Report on vaccination in the Province of Bengal - 1874-1889
Year: 1874
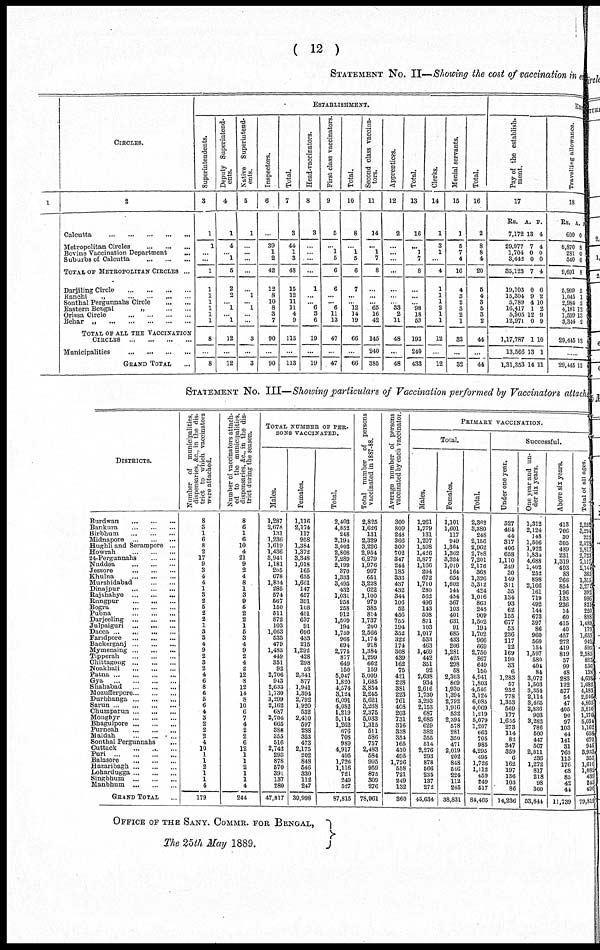
( 12 )
STATEMENT NO. II—Showing the cost of vaccination in each
1
CIRCLES.
2
Calcutta
...
...
...
...
...
Metropolitan Circles
...
...
...
Bovine Vaccination Department
...
Suburbs of Calcutta
...
...
...
TOTAL OF METROPOLITAN CIRCLES ...
Darjiling Circle
...
...
...
...
Ranchi
„
...
...
...
...
Sonthal Pergunnahs Circle
...
...
Eastern Bengal
„
...
...
Orissa Circle
...
...
...
...
Behar „
...
...
...
...
...
TOTAL OF ALL THE VACCINATION
CIRCLES
...
...
...
...
Municipalities
...
...
...
...
GRAND TOTAL ...
ESTABLISHMENT.
Superintendents.
3
1
1
...
...
1
1
1
1
1
1
1
8
...
8
Deputy Superintend-
ents.
4
1
4
... 1
5
2
...
... 1
1
1
12
...
12
Native Superintend-
ents.
5
1
...
...
...
...
...
1
... 1
...
...
3
...
3
Inspectors.
6
...
39
1
2
42
12
8
10
8
3
7
90
...
90
Total.
7
3
44
1
3
48
15
12
11
11
4
9
113
...
113
Head-vaccinators.
8
3
...
...
...
...
1
...
... 6
3
6
19
...
19
First class vaccinators.
9
5
...
1
5
6
6
...
... 6
11
13
47
...
47
Total.
10
8
...
1
5
6
7
...
... 12
14
19
66
...
66
Second class vaccina-
tors.
11
14
...
1
7
8
...
... 65
16
42
145
240
385
Apprentices.
12
2
...
...
...
...
...
...
... 33
2
11
48
...
48
Total.
13
16
...
1
7
8
...
...
... 98
18
53
193
240
433
Clerks.
14
1
3
1
...
4
1
1
1
2
1
1
12
...
12
Menial servants.
15
1
5
7
4
16
4
3
2
3
2
1
32
...
32
Total.
16
2
8
8
4
20
5
4
3
5
3
2
44
...
44
EX
Pay of the establish-
ment.
17
Rs.
7,172
29,977
1,704
3,442
35,123
19,103
15,304
5,789
16,417
5,905
12,971
1,17,787
13,566
1,31,353
A.
13
7
0
0
7
0
9
4
1
12
0
1
13
14
P.
4
4
0
0
4
6
2
10
2
9
9
10
1
11
Travelling allowance.
18
Rs.
600
8,870
281
540
9,691
5,999
1,045
2,984
4,181
1,599
3,344
29,445
A.
0
8
0
0
8
5
1
2
12
13
2
12
P.
......
29,445 12
STATEMENT NO. III—Showing particulars of Vaccination performed by Vaccinators attache
DISTRICTS.
Burdwan
...
...
...
Bankura
...
...
...
Birbhum
...
...
...
Midnapore
...
...
...
Hughli and Serampore ...
Howrah
...
...
...
24-Pergunnahs
...
...
Nuddea
...
...
...
Jessore
...
...
...
Khulna
...
...
...
Murshidabad
...
...
Dinajpur
...
...
...
Rajshahye
...
...
...
Rungpur
...
...
...
Bogra
...
...
...
Pubna
...
...
...
Darjeeling
...
...
...
Julpaiguri
...
...
...
Dacca
...
...
...
Faridpore
...
...
...
Backerganj
...
...
...
Mymensing
...
...
...
Tipperah
...
...
...
Chittagong
...
...
...
Noakhali
...
...
...
Patna
...
...
...
...
Gya ... ... ... ...
Shahabad
...
...
...
Mozufferpore ... ... ...
Durbhanga
...
...
...
Sarun
...
...
...
...
Chumparun
...
...
...
Monghyr
...
...
...
Bhagulpore
...
...
...
Purneah
...
...
...
Maldah
...
...
...
Sonthal Pergunnahs ...
Cuttack
...
...
...
Puri
...
...
...
...
Balasore ... ... ... ...
Hazaribagh
...
...
...
Lohardugga
...
...
...
Singbhum
...
...
...
Manbhum
...
...
...
GRAND TOTAL ...
Number of municipalities,
dispensaries, &c, in the dis-
trict to which vaccinators
were attached.
8
3
1
6
8
2
17
9
3
4
4
1
3
2
5
2
2
1
3
3
4
9
2
3
2
4
6
8
6
5
6
4
3
2
2
2
4
10
1
1
2
1
1
4
179
Number of vaccinators attach-
ed to the municipalities,
dispensaries, &c, in the dis-
trict during the season.
8
6
1
6
10
4
21
9
2
4
8
1
3
9
5
2
2
1
5
3
4
9
2
4
2
12
3
12
14
8
10
6
7
4
2
2
6
12
1
1
2
1
1
4
244
TOTAL NUMBER OF PER-
SONS VACCINATED.
Males.
1,287
2,678
131
1,236
1,619
1,436
3,941
1,181
205
678
1,834
285
574
567
150
511
872
103
1,063
533
479
1,483
449
351
92
2,706
943
2,633
1,730
3,299
2,162
687
2,704
665
386
355
516
2,742
293
878
570
391
137
280
47,817
Females.
1,116
2,174
117
958
1,384
1,372
3,348
1,018
165
655
1,661
147
457
391
108
401
637
91
696
433
215
1,292
428
298
58
2,341
877
1,941
1,394
2,792
1,920
532
2,410
597
288
353
473
2,175
202
848
546
330
112
247
39,998
Total.
2,403
4,852
248
2,194
3,003
2,808
7,289
2,199
370
1,333
3,495
432
1,031
958
258
912
1,509
194
1,759
966
694
2,775
877
649
150
5,047
1,820
4,574
3,124
6,091
4,082
1,219
5,114
1,262
676
708
989
4,917
495
1,726
1,116
721
249
527
87,815
Total number of persons
vaccinated in 1887-88.
2,825
1,626
131
2,329
3,226
2,954
6,279
1,976
997
651
3,228
622
1,100
979
385
814
1,737
200
2,566
1,174
918
1,384
1,299
662
159
5,009
1,685
3,854
2,245
5,621
3,268
2,375
5,033
1,315
511
586
757
2,483
584
995
959
875
309
276
78,961
Average number of persons
vaccinated by each vaccinator.
300
809
248
366
300
702
347
244
185
333
437
432
344
106
52
456
755
194
352
322
174
308
439
162
75
421
228
381
223
761
403
203
731
316
338
354
165
410
495
1,726
558
721
249
132
360
PRIMARY VACCINATION.
Total.
Males.
1,261
1,779
131
1,207
1,598
1,426
3,877
1,166
204
672
1,710
280
562
496
143
508
871
103
1,017
533
463
1,469
442
351
92
2,638
934
2,616
1,730
3,293
2,153
687
2,685
629
382
355
514
2,276
293
878
566
235
137
272
45,634
Females.
1,101
1,601
117
949
1,364
1,362
3,324
1,010
164
654
1,602
144
434
367
103
401
631
91
685
433
206
1,281
425
298
68
2,303
869
1,930
1,394
2,792
1,916
532
2,394
578
281
350
471
2,019
202
848
546
224
112
245
38,831
Total.
2,362
3,380
248
2,156
2,962
2,788
7,201
2,176
363
1,326
3,312
424
1,016
863
246
909
1,502
194
1,702
966
669
2,750
867
649
160
4,941
1,803
4,546
3,124
6,085
4,069
1,219
5,079
1,207
663 705
985
4,295
495
1,726
1,112
459 249
517
84,465
Successful.
Under one year.
527
464
44
817
406
658
1,110
249
30
149
311
35
134
93
62
155
677
53
236
117
22
169
190
33
6
1,283
57
252
778
1,353
569
177
1,655
273
114
82
347
359
6
162
197
136 103
86
14,236
One year and un-
der six years.
1,312
2,124
148
1,506
1,922
1,834
4,688
1,402
252
898
2,106
161
719
492
144
673
397
86
960
560
154
1,597
580
404
84
3,072
1,503
3,354
2,114
3,465
2,836
903
3,282
786 500
447
537
2,811
236
1,272
817
218 98
360
53,844
Above six years.
413
706
30
305
489
231
1,319
493
83
266
854
196
133
236
14
60
415
40
457
272
419
819
57
99
48
283
122
577
54
47
405
90
97
103 44
141
31
763
113
176
68 85
42
44
11,739
Total of all ages.
2,252
8,294
223
2,128
2,817
2,723
7,117
2,140
365
1,313
3,271
392
986
821
220
888
1,482
179
1,653
919
595
2,585
827
536
138
4,638
1,682
4,183
2,946
4,865
3,810
1,170
5,031
1,162
658 670
945
3,933
355
1,610
1,082
439 243
400
79,819
OFFICE OF THE SANY. COMMR. FOR BENGAL,
The 25th May 1889.